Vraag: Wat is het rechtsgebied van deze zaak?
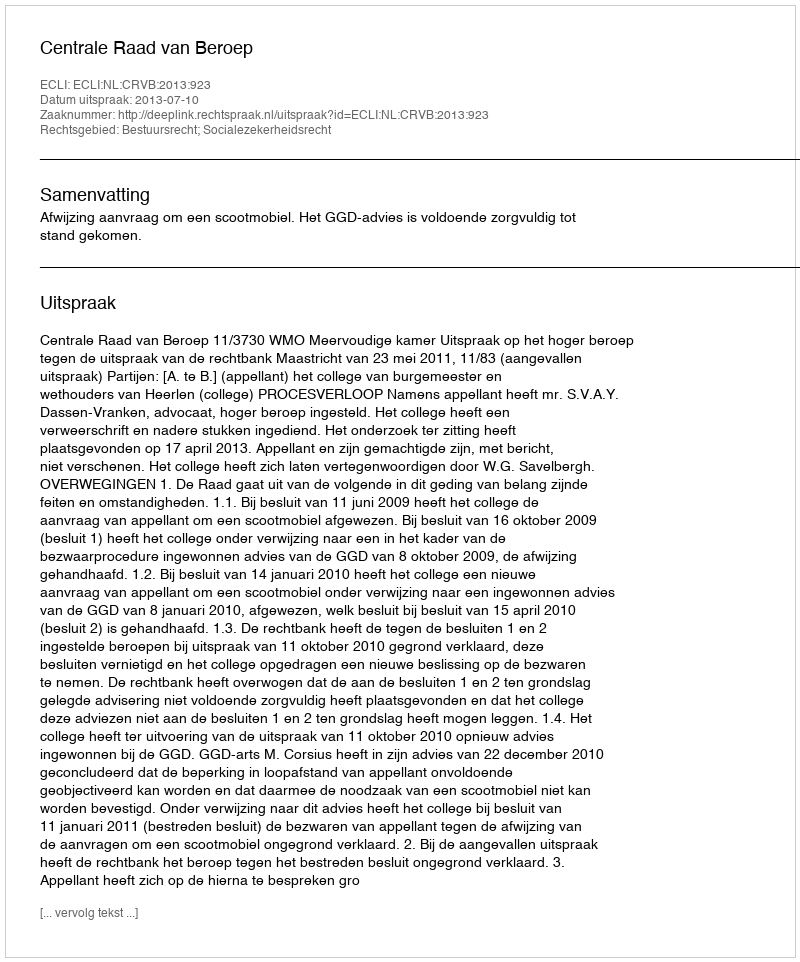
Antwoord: Bestuursrecht; Socialezekerheidsrecht